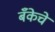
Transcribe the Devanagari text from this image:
बॅँकेचे